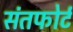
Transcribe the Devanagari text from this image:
संतफोर्ट